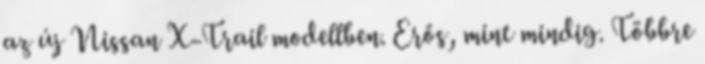
az új Nissan X-Trail modellben. Erős, mint mindig. Többre